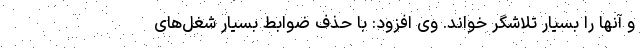
و آنها را بسیار تلاشگر خواند. وی افزود: با حذف ضوابط بسیار شغل‌های